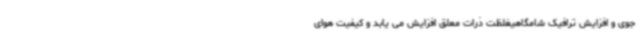
جوی و افزایش ترافیک شامگاهیغلظت ذرات معلق افزایش می یابد و کیفیت هوای